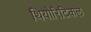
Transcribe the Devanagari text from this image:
थियोरिटिकल